Rae_vallavalitsus, lk 42
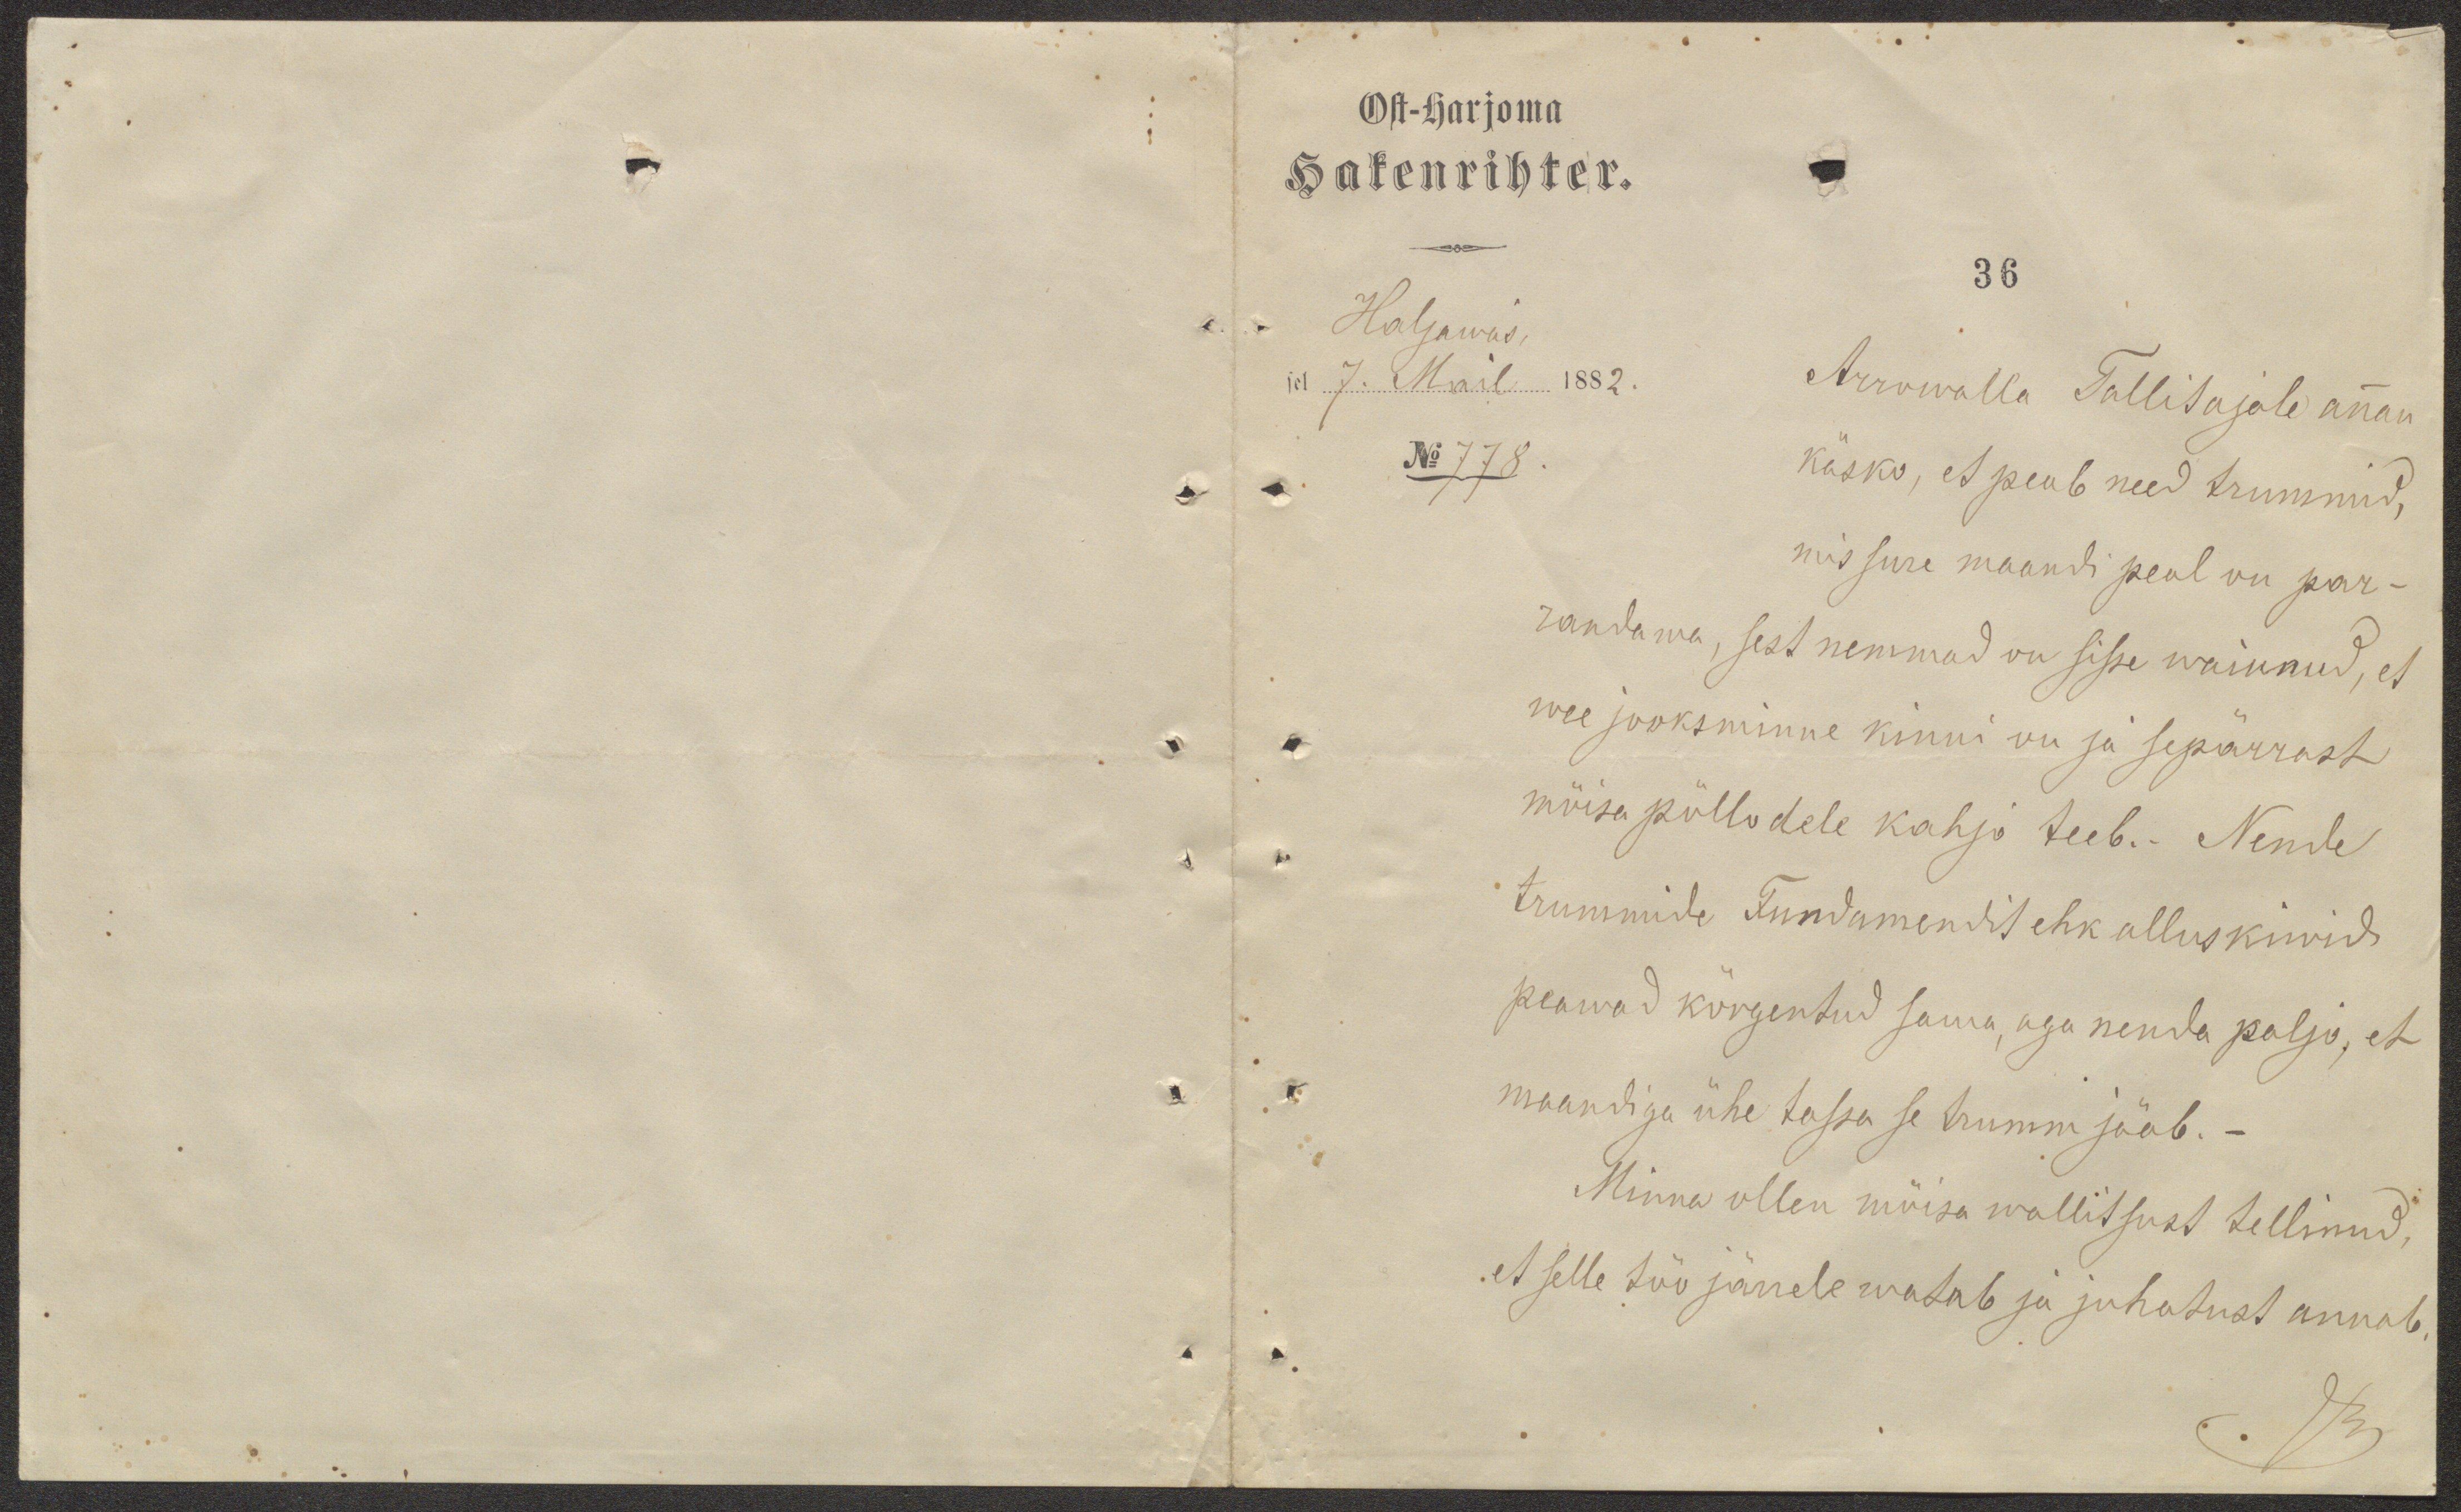
Ost-harjoma
Hakenrihter.
36
Haljawas,
sel 7. Mail 1882.
No 778.
Arrowalla Tallitajale annan
käsko, et peab need trummid,
mis sure maandi peal on par-
randama, sest nemmad on sisse waiunud, et
wee jooksminne kinni on ja sepärrast
mõisa põllodele kahjo teeb.- Nende
trummide Fundamendit ehk alluskiwid
peawad kõrgentud sama, aga nenda paljo, et
maandiga ühe tassa se trumm jääb. -
Minna ollen mõisa wallitsust tellinud,
et selle töö järrele watab ja juhatust annab.